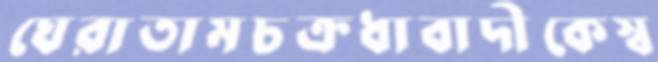
ঘেরাতামচক্রধাবাদীকেস্ব